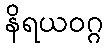
နိရယဝဂ္ဂ